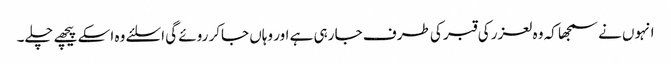
انہوں نے سمجھا کہ وہ لعزر کی قبر کی طرف جا رہی ہے اور وہاں جاکر روئے گی اسلئے وہ اسکے پیچھے چلے۔